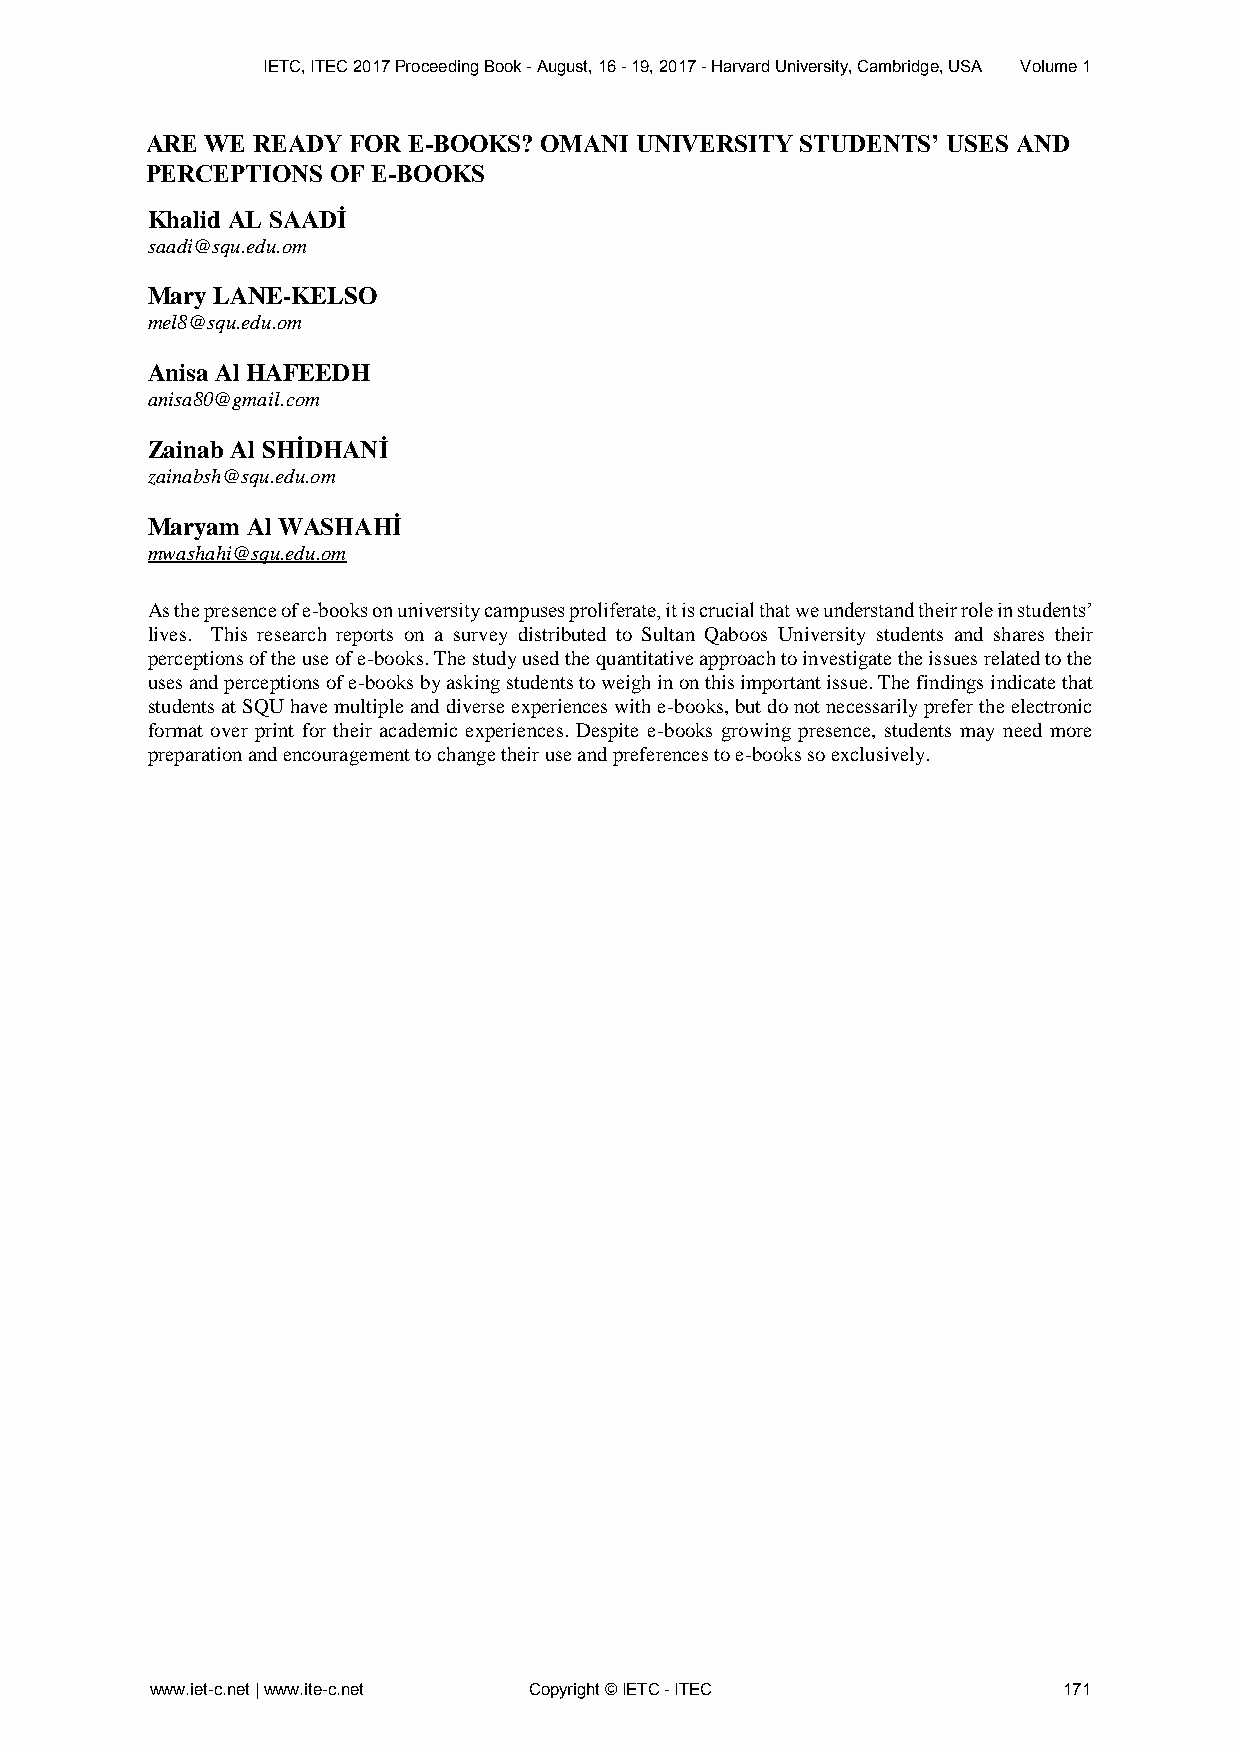
IETC, ITEC 2017 Proceeding Book - August, 16 - 19, 2017 - Harvard University, Cambridge, USA Volume 1
 ARE WE READY FOR E-BOOKS? OMANI UNIVERSITY STUDENTS’ USES AND
 PERCEPTIONS OF E-BOOKS
 Khalid AL SAADİ
 saadi@squ.edu.om
 Mary LANE-KELSO
 mel8@squ.edu.om
 Anisa Al HAFEEDH
 anisa80@gmail.com
 Zainab Al SHİDHANİ
 zainabsh@squ.edu.om
 Maryam Al WASHAHİ
 mwashahi@squ.edu.om
 As the presence of e-books on university campuses proliferate, it is crucial that we understand their role in students’
 lives. This research reports on a survey distributed to Sultan Qaboos University students and shares their
 perceptions of the use of e-books. The study used the quantitative approach to investigate the issues related to the
 uses and perceptions of e-books by asking students to weigh in on this important issue. The findings indicate that
 students at SQU have multiple and diverse experiences with e-books, but do not necessarily prefer the electronic
 format over print for their academic experiences. Despite e-books growing presence, students may need more
 preparation and encouragement to change their use and preferences to e-books so exclusively.
 www.iet-c.net | www.ite-c.net Copyright © IETC - ITEC       171